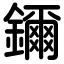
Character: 鑈